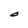
Character: O